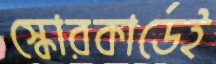
স্কোরকার্ডেই